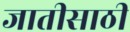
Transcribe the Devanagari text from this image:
जातीसाठी